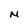
Character: N